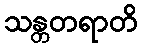
သန္တတရာတိ